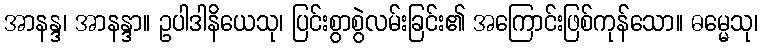
အာနန္ဒ၊ အာနန္ဒာ။ ဥပါဒါနိယေသု၊ ပြင်းစွာစွဲလမ်းခြင်း၏ အကြောင်းဖြစ်ကုန်သော။ ဓမ္မေသု၊